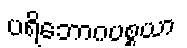
ပရိဘောဂပစ္စယာ